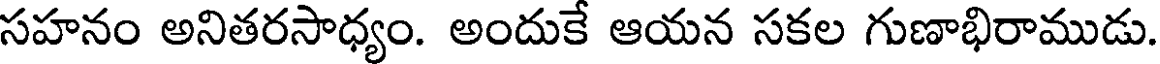
సహనం అనితరసాధ్యం. అందుకే ఆయన సకల గుణాభిరాముడు.